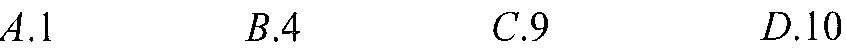
\(A.1\quad B.4\quad C.9\quad D.10\)